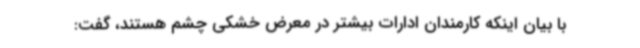
با بیان اینکه کارمندان ادارات بیشتر در معرض خشکی چشم هستند، گفت: